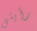
رأيتى